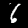
Digit: 6